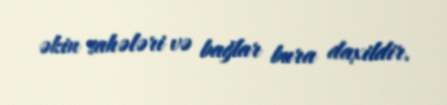
əkin sahələri və bağlar bura daxildir.